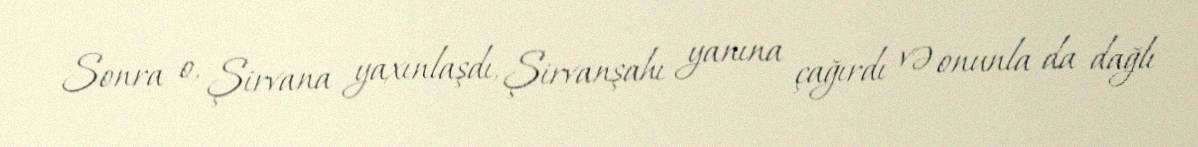
Sonra o, Şirvana yaxınlaşdı, Şirvanşahı yanına çağırdı və onunla da dağlı